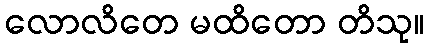
လောလိတေ မထိတော တိသု။